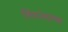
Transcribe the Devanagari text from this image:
लिंगभेदाच्या